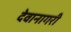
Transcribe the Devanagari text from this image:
देवानागरी